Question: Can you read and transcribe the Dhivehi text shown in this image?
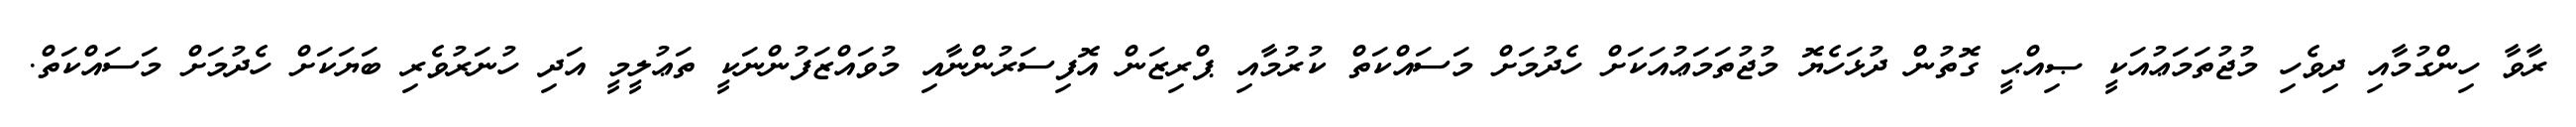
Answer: ރާވާ ހިންގުމާއި ދިވެހި މުޖުތަމަޢުއަކީ ޞިއްޙީ ގޮތުން ދުޅަހެޔޮ މުޖުތަމަޢުއަކަށް ހެދުމަށް މަސައްކަތް ކުރުމާއި ޕްރިޒަން އޮފިސަރުންނާއި މުވައްޒަފުންނަކީ ތަޢުލީމީ އަދި ހުނަރުވެރި ބަޔަކަށް ހެދުމަށް މަސައްކަތް.